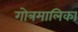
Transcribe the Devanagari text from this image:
गोत्रमालिका